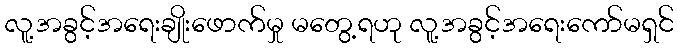
လူ့အခွင့်အရေးချိုးဖောက်မှု မတွေ့ရဟု လူ့အခွင့်အရေးကော်မရှင်